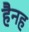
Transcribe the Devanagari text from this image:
हैनह